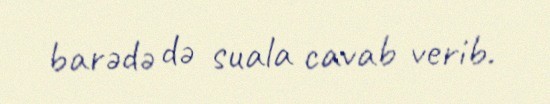
barədə də suala cavab verib.